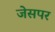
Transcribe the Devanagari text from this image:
जेसपर